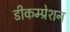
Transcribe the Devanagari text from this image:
डीकम्प्रेशन